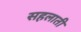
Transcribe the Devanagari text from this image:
सहलाती